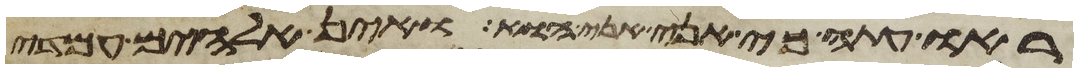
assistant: ראו עתה כי אני אני הוא ואין אלהים עמדי